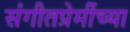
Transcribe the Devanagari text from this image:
संगीतप्रेमींच्या